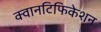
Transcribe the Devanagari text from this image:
क्वानटिफिकेशन